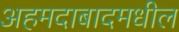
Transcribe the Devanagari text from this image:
अहमदाबादमधील